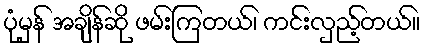
ပုံမှန် အချိန်ဆို ဖမ်းကြတယ်၊ ကင်းလှည့်တယ်။